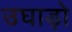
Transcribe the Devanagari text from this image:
उघाड़ो